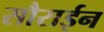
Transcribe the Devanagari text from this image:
सौराईन